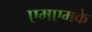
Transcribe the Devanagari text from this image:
एमएमके